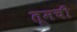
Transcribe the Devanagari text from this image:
तूमची